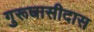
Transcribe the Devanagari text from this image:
गुरूघासीदास